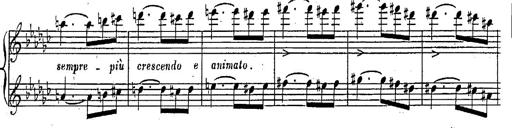
Title: Marche et Cavatine de Lucie de Lammermoor, S.398
Composer: Franz Liszt